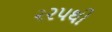
૨૨પથી